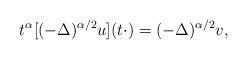
LaTeX: \begin{align*}t^{\alpha} [(-\Delta)^{\alpha/2} u](t\cdot) = (-\Delta)^{\alpha/2} v,\end{align*}